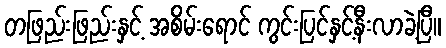
တဖြည်းဖြည်းနှင့် အစိမ်းရောင် ကွင်းပြင်နှင့်နီးလာခဲ့ပြီ။